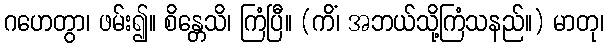
ဂဟေတွာ၊ ဖမ်း၍။ စိန္တေသိ၊ ကြံပြီ။ (ကိံ၊ အဘယ်သို့ကြံသနည်။) မာတု၊